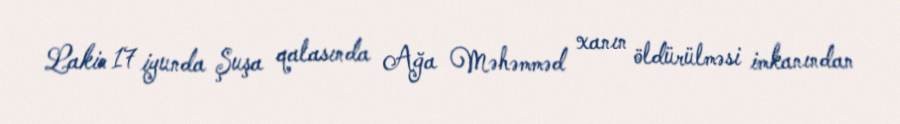
Lakin 17 iyunda Şuşa qalasında Ağa Məhəmməd xanın öldürülməsi imkanından